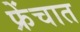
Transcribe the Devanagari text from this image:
फ्रेंचात